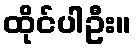
ထိုင်ပါဦး။